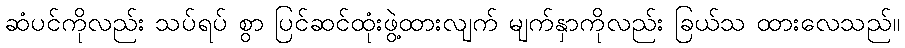
ဆံပင်ကိုလည်း သပ်ရပ် စွာ ပြင်ဆင်ထုံးဖွဲ့ထားလျက် မျက်နှာကိုလည်း ခြယ်သ ထားလေသည်။